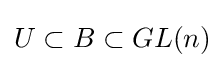
U\subset B\subset GL(n)